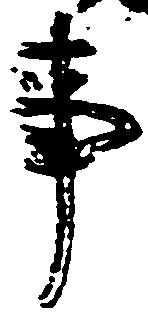
事